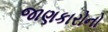
જાણકારોનો